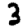
Digit: 3